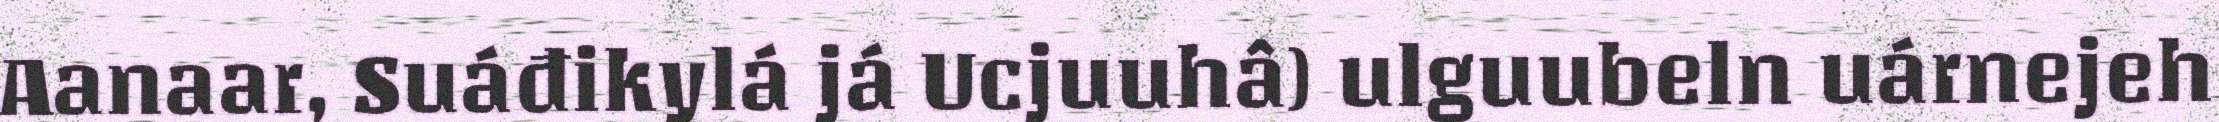
Aanaar, Suáđikylá já Ucjuuhâ) ulguubeln uárnejeh